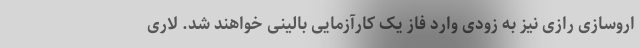
اروسازی رازی نیز به زودی وارد فاز یک کارآزمایی بالینی خواهند شد. لاری